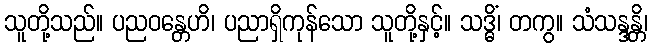
သူတို့သည်။ ပညဝန္တေဟိ၊ ပညာရှိကုန်သော သူတို့နှင့်။ သဒ္ဓိံ၊ တကွ။ သံသန္ဒန္တိ၊